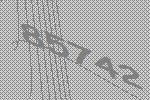
85742